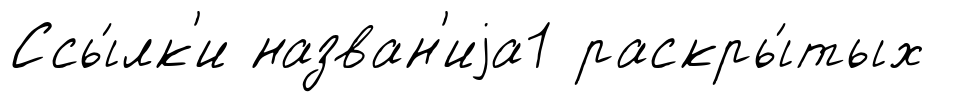
Ссы́лк'и назван'иjа1 раскры́тых